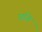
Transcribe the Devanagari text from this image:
घनि